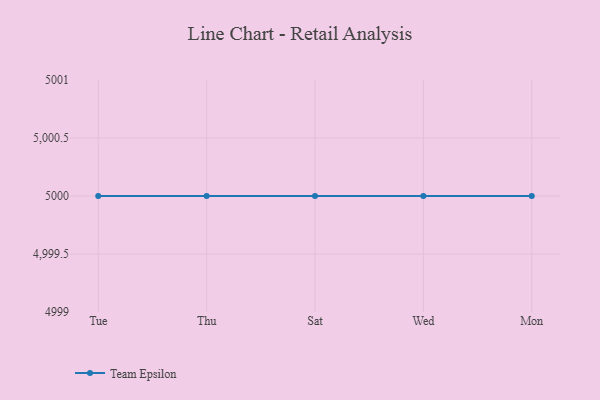
{"axis": {"x": "Day", "y": "Market Share (%)"}, "legend": ["Team Epsilon"], "data": [{"x": "Tue", "y": 5000, "type": "Team Epsilon"}, {"x": "Thu", "y": 5000, "type": "Team Epsilon"}, {"x": "Sat", "y": 5000, "type": "Team Epsilon"}, {"x": "Wed", "y": 5000, "type": "Team Epsilon"}, {"x": "Mon", "y": 5000, "type": "Team Epsilon"}]}